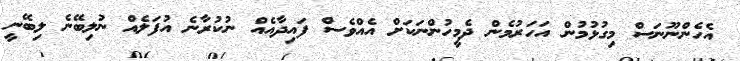
އެހެންނޫނަސް މިގުޅުމުން އަހަރުމެން ދެމީހުންނަކަށް އެއްވެސް ފައިދާއެއް ނުކުރާނެ އުފަލެއް ނުލިބޭނެ ލިބޭނީ